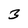
Character: 3